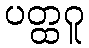
ပတ္ထဂူ